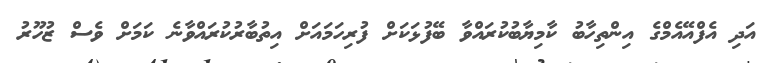
އަދި އެފްއޭއެމްގެ އިންތިހާބު ކާމިޔާބުކުރައްވާ ބޭފުޅަކަށް ފުރިހަމައަށް އިތުބާރުކުރައްވާނެ ކަމަށް ވެސް ޒުހޫރު